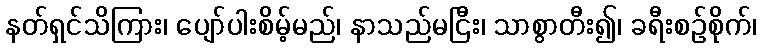
နတ်ရှင်သိကြား၊ ပျော်ပါးစိမ့်မည်၊ နာသည်မငြီး၊ သာစွာတီး၍၊ ခရီးစဉ်စိုက်၊